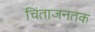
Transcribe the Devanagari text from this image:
चिंताजनतक